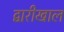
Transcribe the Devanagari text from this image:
द्वारीखाल